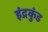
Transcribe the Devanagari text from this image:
इंद्रकुंड